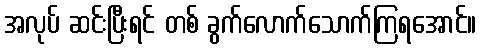
အလုပ် ဆင်းပြီးရင် တစ် ခွက်လောက်သောက်ကြရအောင်။